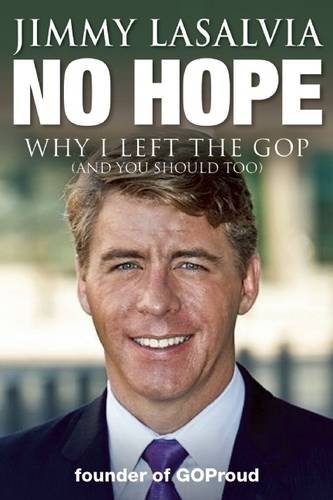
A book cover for No Hope: Why I Left the GOP (and You Should Too); Jimmy LaSalvia; Gay & Lesbian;